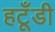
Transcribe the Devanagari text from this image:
हटूँडी